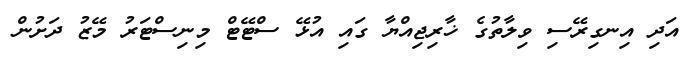
އަދި އިނގިރޭސި ވިލާތުގެ ޚާރިޖިއްޔާ ގައި އުޅޭ ސްޓޭޓް މިނިސްޓަރު މޭޒު ދަށުން